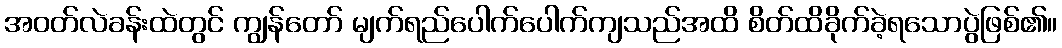
အဝတ်လဲခန်းထဲတွင် ကျွန်တော် မျက်ရည်ပေါက်ပေါက်ကျသည်အထိ စိတ်ထိခိုက်ခဲ့ရသောပွဲဖြစ်၏။